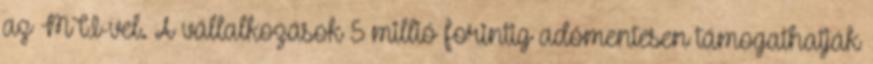
az MTI-vel. A vállalkozások 5 millió forintig adómentesen támogathatják